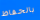
بالحفاظ